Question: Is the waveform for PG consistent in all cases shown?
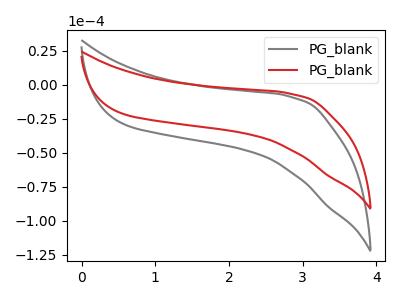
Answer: <think>The gray curve "PG_blank1" has no peaks. The red curve "PG_blank2" has no peaks.
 Neither "PG_blank1" or "PG_blank2" have any peaks.</think>
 <answer>All the CV's of "PG" have similar shape.</answer>
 <eval>follow_rule</eval>